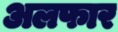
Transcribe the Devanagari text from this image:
अलफार